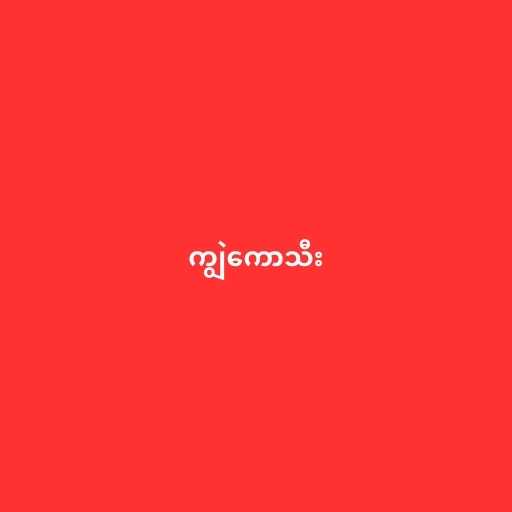
ကျွဲကောသီး